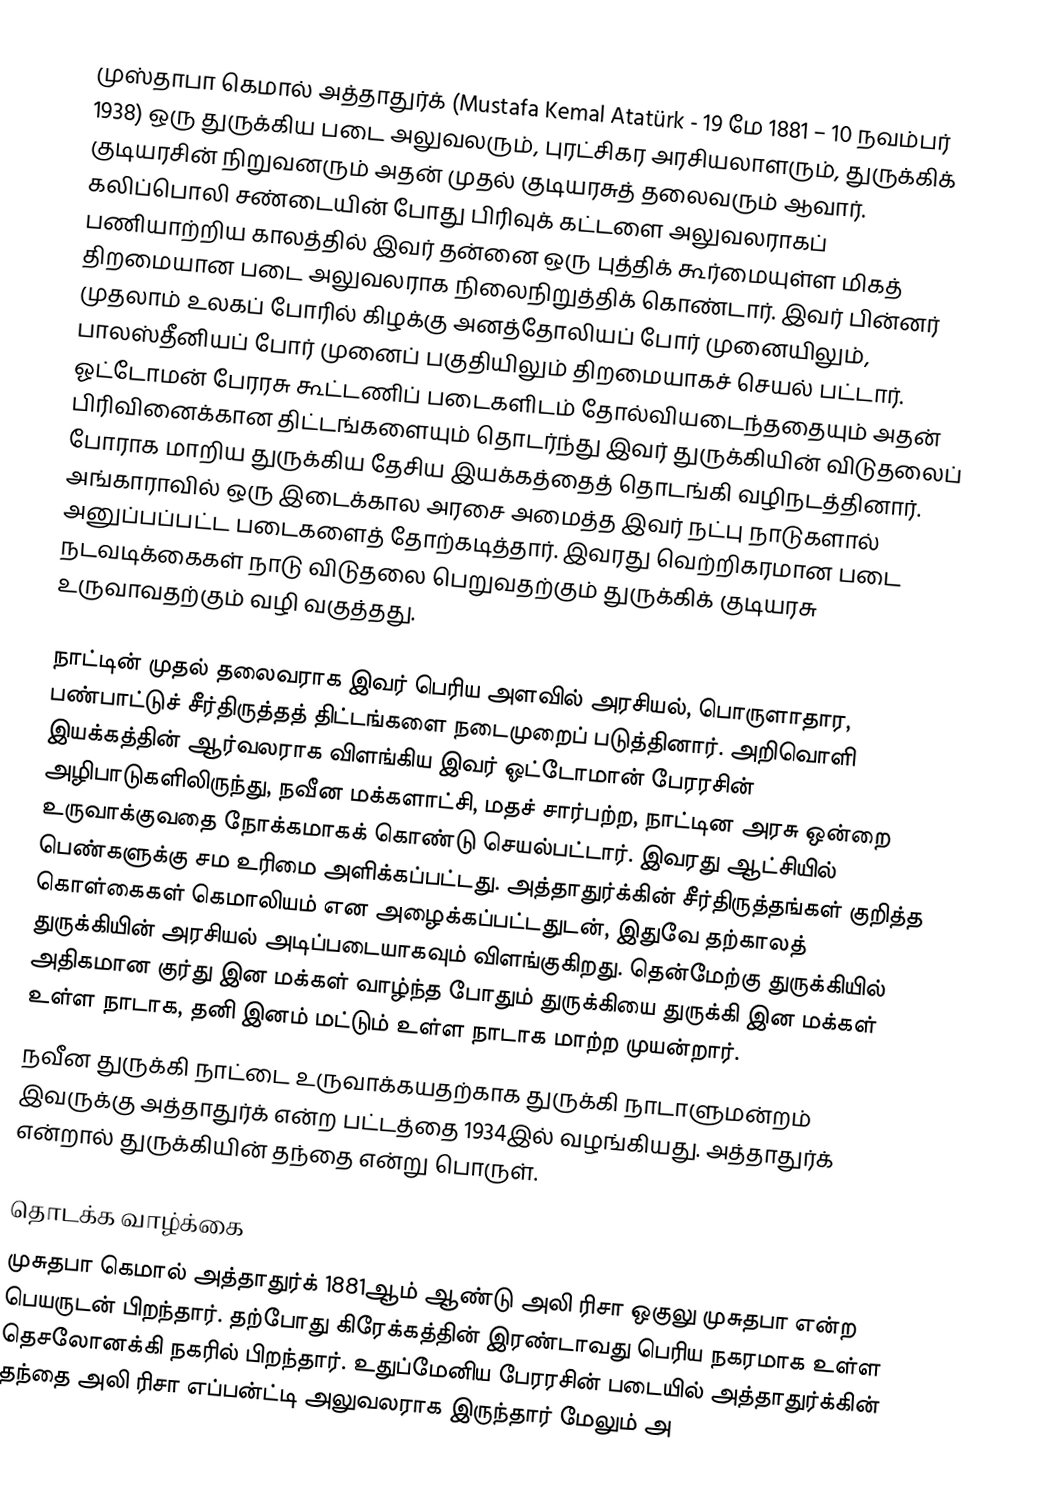
முஸ்தாபா கெமால் அத்தாதுர்க் (Mustafa Kemal Atatürk - 19 மே 1881 – 10 நவம்பர் 1938) ஒரு துருக்கிய படை அலுவலரும், புரட்சிகர அரசியலாளரும், துருக்கிக் குடியரசின் நிறுவனரும் அதன் முதல் குடியரசுத் தலைவரும் ஆவார். கலிப்பொலி சண்டையின் போது பிரிவுக் கட்டளை அலுவலராகப் பணியாற்றிய காலத்தில் இவர் தன்னை ஒரு புத்திக் கூர்மையுள்ள மிகத் திறமையான படை அலுவலராக நிலைநிறுத்திக் கொண்டார். இவர் பின்னர் முதலாம் உலகப் போரில் கிழக்கு அனத்தோலியப் போர் முனையிலும், பாலஸ்தீனியப் போர் முனைப் பகுதியிலும் திறமையாகச் செயல் பட்டார். ஓட்டோமன் பேரரசு கூட்டணிப் படைகளிடம் தோல்வியடைந்ததையும் அதன் பிரிவினைக்கான திட்டங்களையும் தொடர்ந்து இவர் துருக்கியின் விடுதலைப் போராக மாறிய துருக்கிய தேசிய இயக்கத்தைத் தொடங்கி வழிநடத்தினார். அங்காராவில் ஒரு இடைக்கால அரசை அமைத்த இவர் நட்பு நாடுகளால் அனுப்பப்பட்ட படைகளைத் தோற்கடித்தார். இவரது வெற்றிகரமான படை நடவடிக்கைகள் நாடு விடுதலை பெறுவதற்கும் துருக்கிக் குடியரசு உருவாவதற்கும் வழி வகுத்தது.

நாட்டின் முதல் தலைவராக இவர் பெரிய அளவில் அரசியல், பொருளாதார, பண்பாட்டுச் சீர்திருத்தத் திட்டங்களை நடைமுறைப் படுத்தினார். அறிவொளி இயக்கத்தின் ஆர்வலராக விளங்கிய இவர் ஓட்டோமான் பேரரசின் அழிபாடுகளிலிருந்து, நவீன மக்களாட்சி, மதச் சார்பற்ற, நாட்டின அரசு ஒன்றை உருவாக்குவதை நோக்கமாகக் கொண்டு செயல்பட்டார். இவரது ஆட்சியில் பெண்களுக்கு சம உரிமை அளிக்கப்பட்டது. அத்தாதுர்க்கின் சீர்திருத்தங்கள் குறித்த கொள்கைகள் கெமாலியம் என அழைக்கப்பட்டதுடன், இதுவே தற்காலத் துருக்கியின் அரசியல் அடிப்படையாகவும் விளங்குகிறது. தென்மேற்கு துருக்கியில் அதிகமான குர்து இன மக்கள் வாழ்ந்த போதும் துருக்கியை துருக்கி இன மக்கள் உள்ள நாடாக, தனி இனம் மட்டும் உள்ள நாடாக மாற்ற முயன்றார்.
 நவீன துருக்கி நாட்டை உருவாக்கயதற்காக துருக்கி நாடாளுமன்றம் இவருக்கு அத்தாதுர்க் என்ற பட்டத்தை 1934இல் வழங்கியது. அத்தாதுர்க் என்றால் துருக்கியின் தந்தை என்று பொருள்.

தொடக்க வாழ்க்கை
முசுதபா கெமால் அத்தாதுர்க் 1881ஆம் ஆண்டு  அலி ரிசா ஒகுலு முசுதபா என்ற பெயருடன் பிறந்தார். தற்போது கிரேக்கத்தின் இரண்டாவது பெரிய நகரமாக உள்ள தெசலோனக்கி நகரில் பிறந்தார். உதுப்மேனிய பேரரசின் படையில் அத்தாதுர்க்கின் தந்தை அலி ரிசா எப்பன்ட்டி அலுவலராக இருந்தார் மேலும் அ